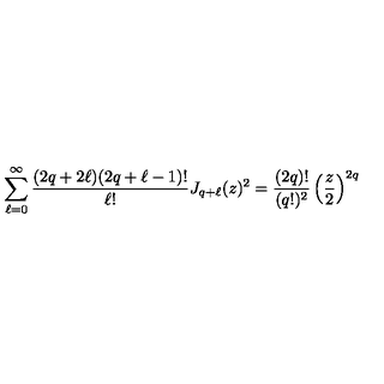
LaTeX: \sum _ { \ell = 0 } ^ { \infty } \frac { ( 2 q + 2 \ell ) ( 2 q + \ell - 1 ) ! } { \ell ! } J _ { q + \ell } ( z ) ^ { 2 } = \frac { ( 2 q ) ! } { ( q ! ) ^ { 2 } } \left( \frac { z } { 2 } \right) ^ { 2 q }